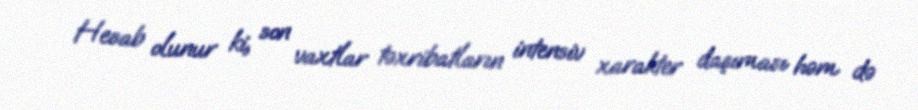
Hesab olunur ki, son vaxtlar təxribatların intensiv xarakter daşıması həm də